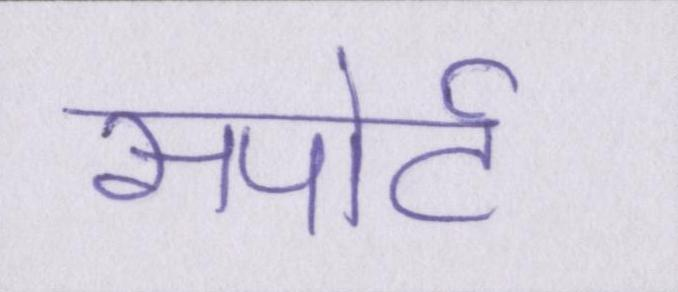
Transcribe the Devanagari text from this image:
सपोर्ट